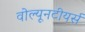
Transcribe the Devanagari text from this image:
वोल्यूनटीयर्स